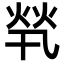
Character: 㷀